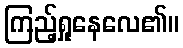
ကြည့်ရှုနေလေ၏။